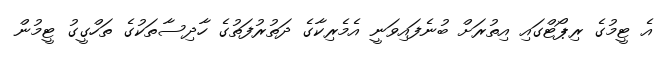
އެ ޓީމުގެ ރިޕޯޓްގައި އިތުރަށް ބުނެފައިވަނީ އެމެރިކާގެ ދަތުރުފަތުގެ ހާދިސާތަކުގެ ތަހްގީގު ޓީމުން